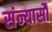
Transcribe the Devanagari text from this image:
संन्यासौ